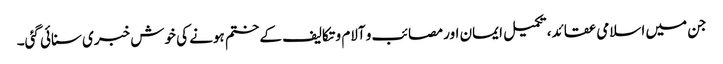
جن میں اسلامی عقائد، تکمیل ایمان اور مصائب و آلام و تکالیف کے ختم ہونے کی خوش خبری سنائی گئی۔